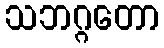
သဘဂ္ဂတော